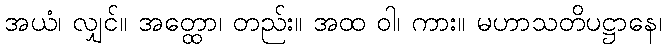
အယံ၊ လျှင်။ အတ္ထော၊ တည်း။ အထ ဝါ၊ ကား။ မဟာသတိပဋ္ဌာနေ၊